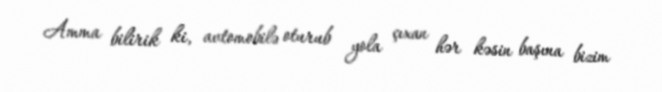
Amma bilirik ki, avtomobilə oturub yola çıxan hər kəsin başına bizim